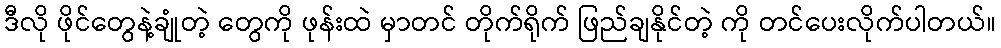
ဒီလို ဖိုင်တွေနဲ့ချုံတဲ့ တွေကို ဖုန်းထဲ မှာတင် တိုက်ရိုက် ဖြည်ချနိုင်တဲ့ ကို တင်ပေးလိုက်ပါတယ်။